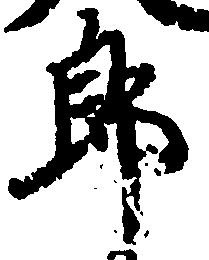
郎